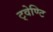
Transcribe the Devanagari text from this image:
ट्वेण्टि